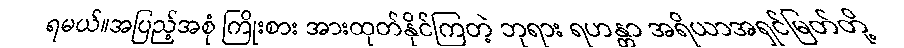
ရမယ်။အပြည့်အစုံ ကြိုးစား အားထုတ်နိုင်ကြတဲ့ ဘုရား ရဟန္တာ အရိယာအရှင်မြတ်တို့